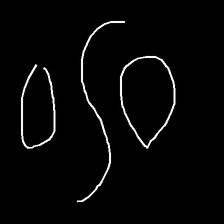
Glyph: water